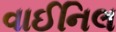
વાઈનિલ